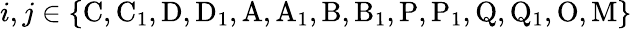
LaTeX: i,j\in\{ \mathrm{C,C_{1},D,D_{1},A,A_{1},B,B_{1},P,P_{1},Q,Q_{1},O,M}\}